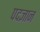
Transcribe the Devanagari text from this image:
पदज्ञान